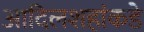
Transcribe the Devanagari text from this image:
आदिलशहांकडे